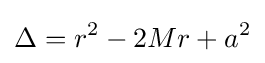
\Delta =r^{2}-2Mr+a^{2}